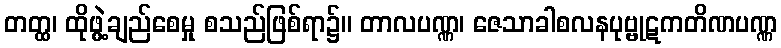
တတ္ထ၊ ထိုဖွဲ့ချည်စေမှု စသည်ဖြစ်ရာ၌။ တာလပဏ္ဏ၊ ဇေသာခါစလနပုဗ္ဗုဋကတိဏပဏ္ဏ